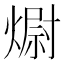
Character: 𭵻